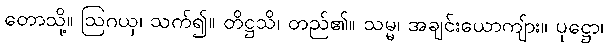
တောသို့။ ဩဂယှ၊ သက်၍။ တိဋ္ဌသိ၊ တည်၏။ သမ္မ၊ အချင်းယောကျ်ား။ ပုဋ္ဌော၊